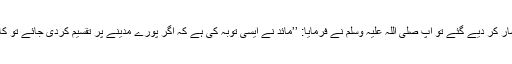
‘‘ سنگسار کر دیے گئے تو آپ صلی اللہ علیہ وسلم نے فرمایا: ’’مائد نے ایسی توبہ کی ہے کہ اگر پورے مدینے پر تقسیم کردی جائے تو کافی ہے۔